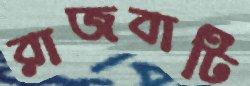
রাজবাটি